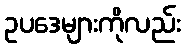
ဥပဒေများကိုလည်း